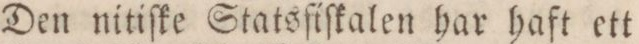
Den nitiſke Statsfiſkalen har haft ett